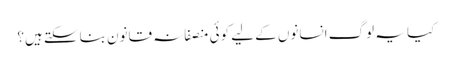
کیا یہ لوگ انسانوں کے لیے کوئی منصفانہ قانون بناسکتے ہیں؟